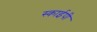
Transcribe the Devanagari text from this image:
स्काईपी